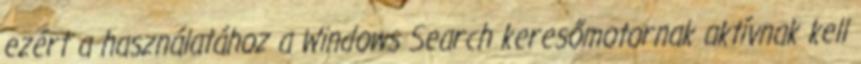
ezért a használatához a Windows Search keresőmotornak aktívnak kell